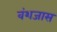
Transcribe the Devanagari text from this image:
वंशजास